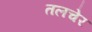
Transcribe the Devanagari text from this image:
तलचेर